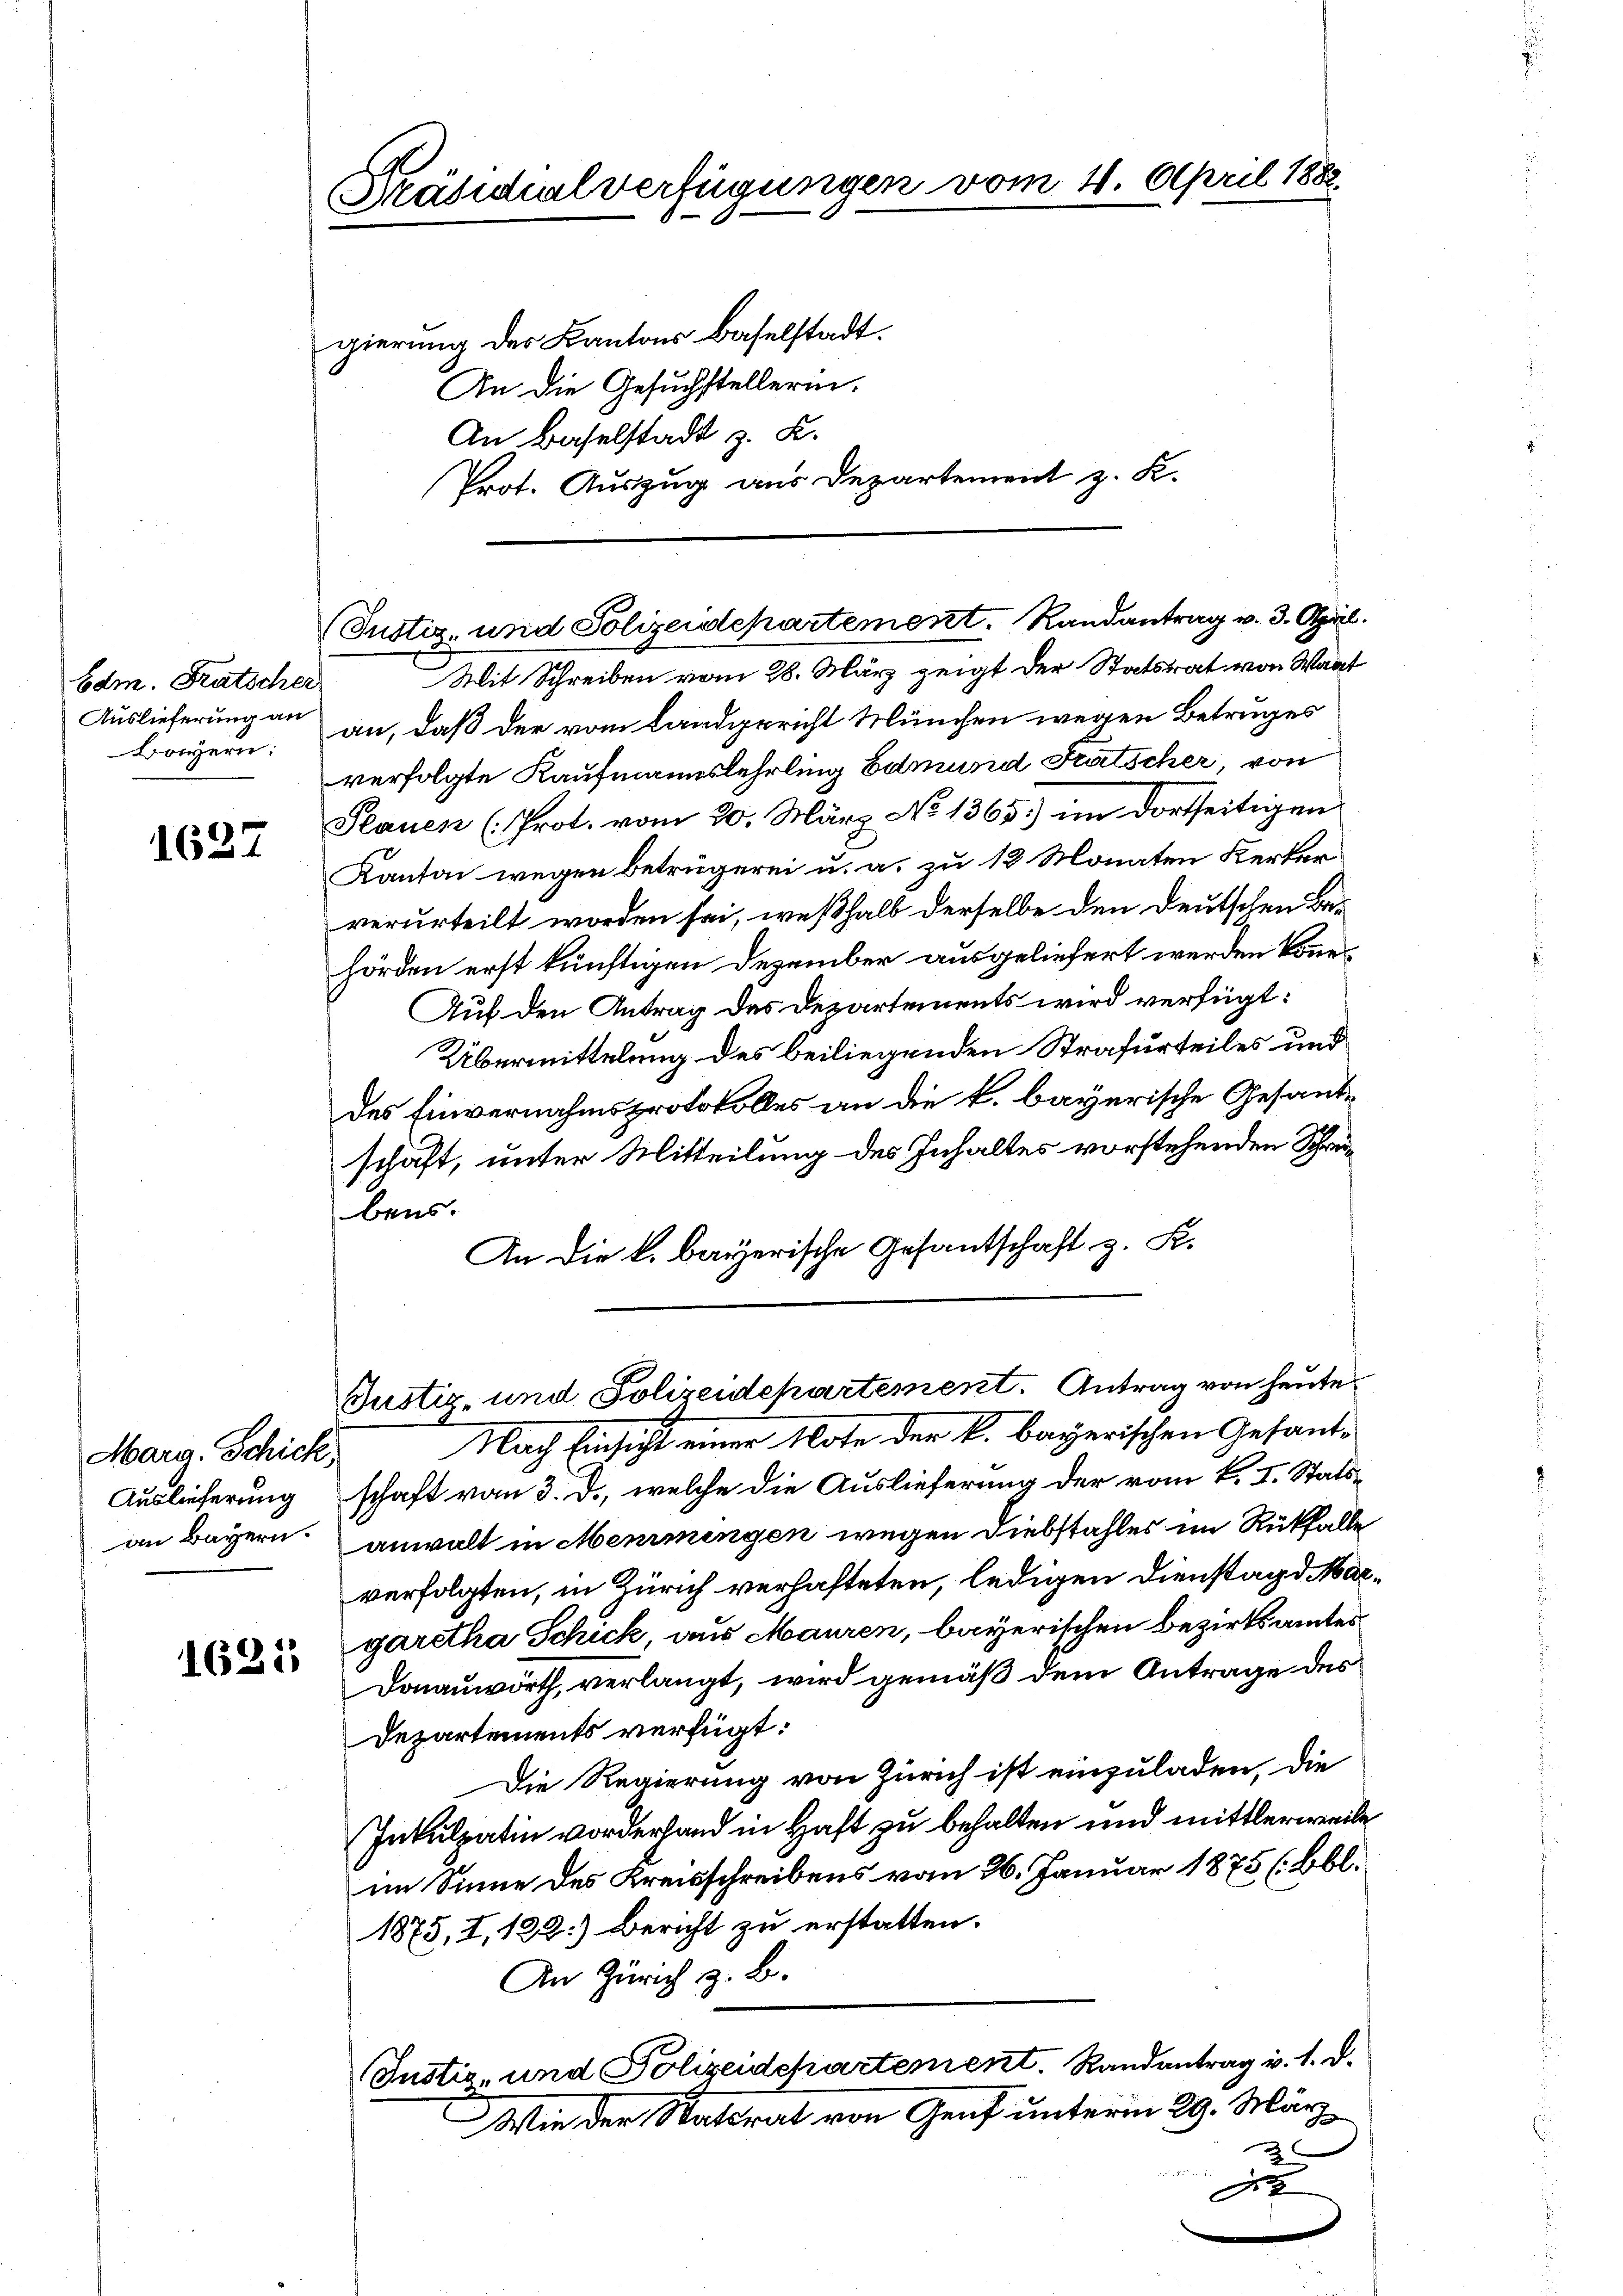
Edm. Fratscher
Auslieferung an
Boern:

1627

Marg. Schick,
Auslieferung
an Bayern.

1625

Präsidialverfügungen vom 4. April 1882.

gierung des Kantons Baselstadt.
An die Gesuchstellerin.
An Baselstadt z. B.
Prot. Auszug aus Departement z. K.

(Tustiz- und Polizeidepartement. Randantrag v. 3. April.

Justiz- und Polizeidepartement. Antrag von heute
Nach Einsicht einer Note der k. bayerischen Gesand¬

Mit Schreiben vom 28. März zeigt der Statsrat von Wart
an, daß der vom Landgericht München wegen Betruges
verfolgte Kaufmannslehrling Edmund Fratscher, von
Plauen (Prot. vom 20. März No 1365.) im dortseitigen
Kanton wegen betrügerei u. a. zu 12 Monaten Kerker
verurteilt worden sei, weßhalb derselbe den Deutschen Behörden erst künftigen Dezember ausgeliefert werden könne.
Auf den Antrag des Departements wird verfügt:
Übermittelung des beiliegenden Strafurteiles und
des Einvernahmsprotokolles an die k. bayerische Gesandschäft, unter Mitteilung des Inhaltes vorstehenden Schrebens.
An die k. bayerische Gesantschaft z. B.
schaft vom 3. d., welche die Auslieferung der vom k. I. Statsanwalt in Memmingen wegen Diebstahles im Rückfalle
verfolgten, in Zürich verhafteten, ledigen Dienstagd Margaretha Schick, aus Mauren, bayerischen Bezirksamtes
Donauwörth, verlangt, wird gemäß dem Antrage des
Departements verfügt:
Die Regierung von Zürich ist einzuladen, die
Inkulpatin vorderhand in Haft zu behalten und mittlerweile
im Sinne des Kreisschreibens vom 26. Januar 1875 (bbl.
1875, I, 122.) Bericht zu erstatten.
An Zürich z. B.
Iustiz- und Polizeidepartement. Randantrag v. 1. d.
Wie der Statsrat von Genf unterm 29. Mär
F
3
in
d